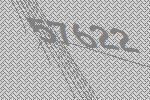
57622